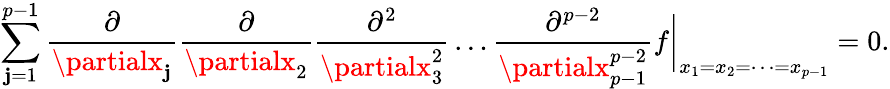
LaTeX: \sum_{\mathbf{j}=1}^{p-1}\frac{{\partial}}{{\partialx_{\mathbf{j}}}}\frac{{\partial}}{{\partialx_{2}}}\frac{{\partial^{2}}}{{\partialx_{3}^{2}}}\dots\frac{{\partial^{p-2}}}{{\partialx_{p-1}^{p-2}}}f\biggr|_{x_{1}=x_{2}=\dots=x_{p-1}}=0.